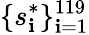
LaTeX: \{ s_{\mathbf{i}}^{*}\} _{\mathbf{i}=1}^{119}